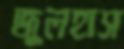
জুলহাস